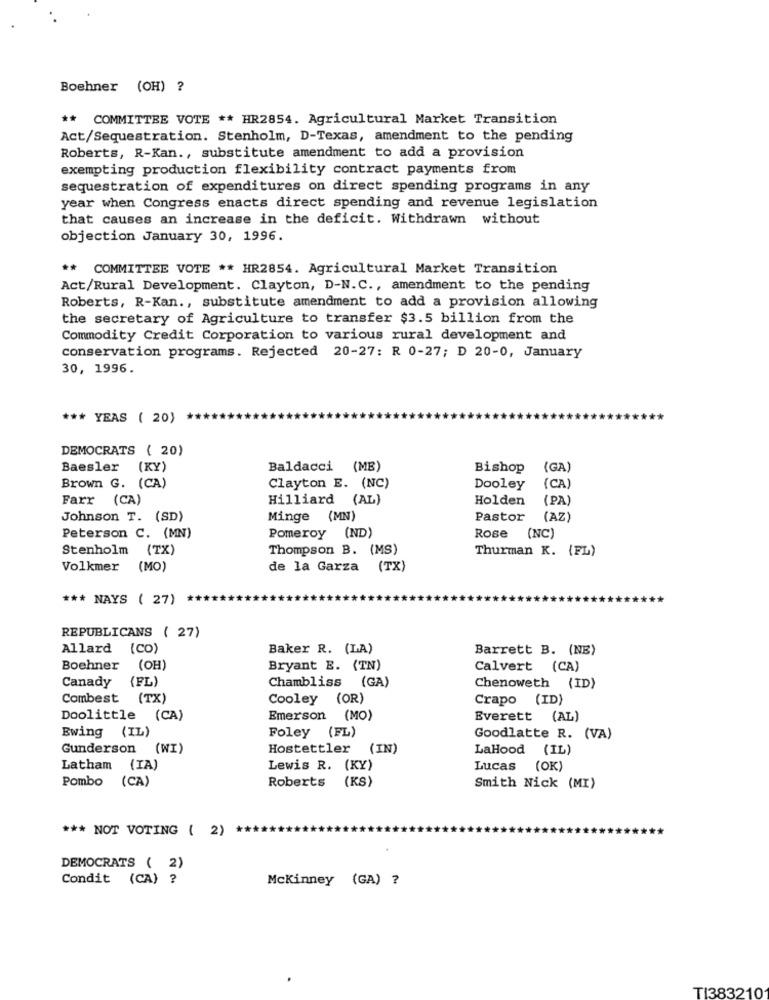
Boehner (OH) ?
** COMMITTEE VOTE ** HR2854. Agricultural Market Transition
Act/Sequestration. Stenholm, D-Texas, amendment to the pending
Roberts, R-Kan ., substitute amendment to add a provision
exempting production flexibility contract payments from
sequestration of expenditures on direct spending programs in any
year when Congress enacts direct spending and revenue legislation
that causes an increase in the deficit. Withdrawn without
objection January 30, 1996.
** COMMITTEE VOTE ** HR2854. Agricultural Market Transition
Act/Rural Development. Clayton, D-N.C ., amendment to the pending
Roberts, R-Kan ., substitute amendment to add a provision allowing
the secretary of Agriculture to transfer $3.5 billion from the
Commodity Credit Corporation to various rural development and
conservation programs. Rejected 20-27: R 0-27; D 20-0, January
30, 1996.
*** YEAS ( 20)
DEMOCRATS ( 20)
Baesler
(KY)
Baldacci (ME)
Bishop
(GA)
Brown G. (CA)
Clayton E. (NC)
Dooley
(CA)
Farr (CA)
Hilliard (AL)
Holden
(PA)
Johnson T. (SD)
Minge (MN)
Pastor
(AZ)
Peterson C. (MN)
Pomeroy (ND)
Rose (NC)
Stenholm (TX)
Thompson B. (MS)
Thurman K. (FL)
Volkmer
(MO)
de la Garza (TX)
*** NAYS ( 27)
REPUBLICANS ( 27)
Allard (CO)
Baker R. (LA)
Barrett B. (NE)
Boehner
(OH)
Bryant E. (TN)
Calvert (CA)
(FL)
Canady
Chambliss (GA)
Chenoweth (ID)
Combest (TX)
Cooley (OR)
Crapo (ID)
Doolittle (CA)
Emerson (MO)
Everett (AL)
Ewing (IL)
Foley (FL)
Goodlatte R. (VA)
Gunderson
(WI)
Hostettler
(IN)
LaHood (IL)
Latham (IA)
Lewis R. (KY)
Lucas
(OK)
Pombo (CA)
Roberts (KS)
Smith Nick (MI)
*** NOT VOTING ( 2)
DEMOCRATS ( 2)
Condit (CA) ?
Mckinney (GA) ?
TI383210